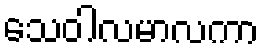
သေဝါလမာလကာ